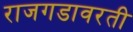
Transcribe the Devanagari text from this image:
राजगडावरती